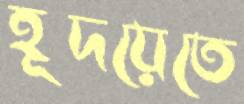
হূদয়েতে